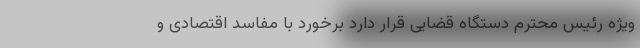
ویژه رئیس محترم دستگاه قضایی قرار دارد برخورد با مفاسد اقتصادی و